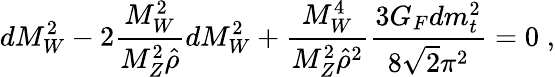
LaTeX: dM_{W}^{2}-2\frac{M_{W}^{2}}{M_{Z}^{2}\hat{\rho}}dM_{W}^{2}+\frac{M_{W}^{4}}{M_{Z}^{2}\hat{\rho}^{2}}\frac{3G_{F}dm_{t}^{2}}{8\sqrt 2\pi^{2}}=0\; ,